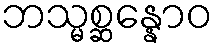
ဘသ္မစ္ဆန္နောဝ